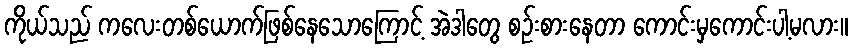
ကိုယ်သည် ကလေးတစ်ယောက်ဖြစ်နေသောကြောင့် အဲဒါတွေ စဉ်းစားနေတာ ကောင်းမှကောင်းပါ့မလား။